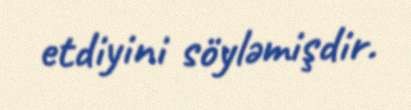
etdiyini söyləmişdir.